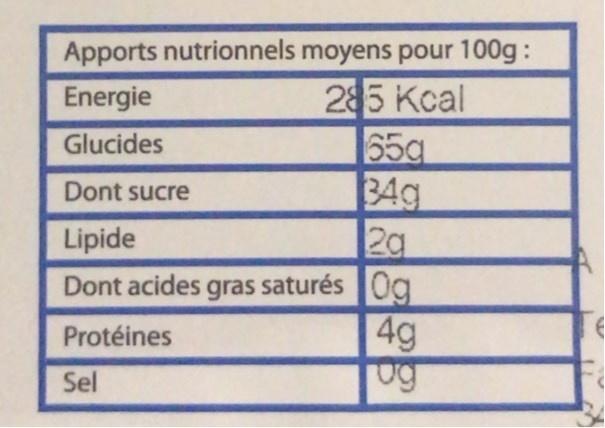
Apports nutrionnels moyens pour 100g:
285 Kcal 65g 34g 2a Dont acides gras saturés Og
Energie
Glucides
Dont sucre
Lipide
4g ug
Protéines
Sel